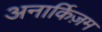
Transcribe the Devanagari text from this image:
अनार्किज़म